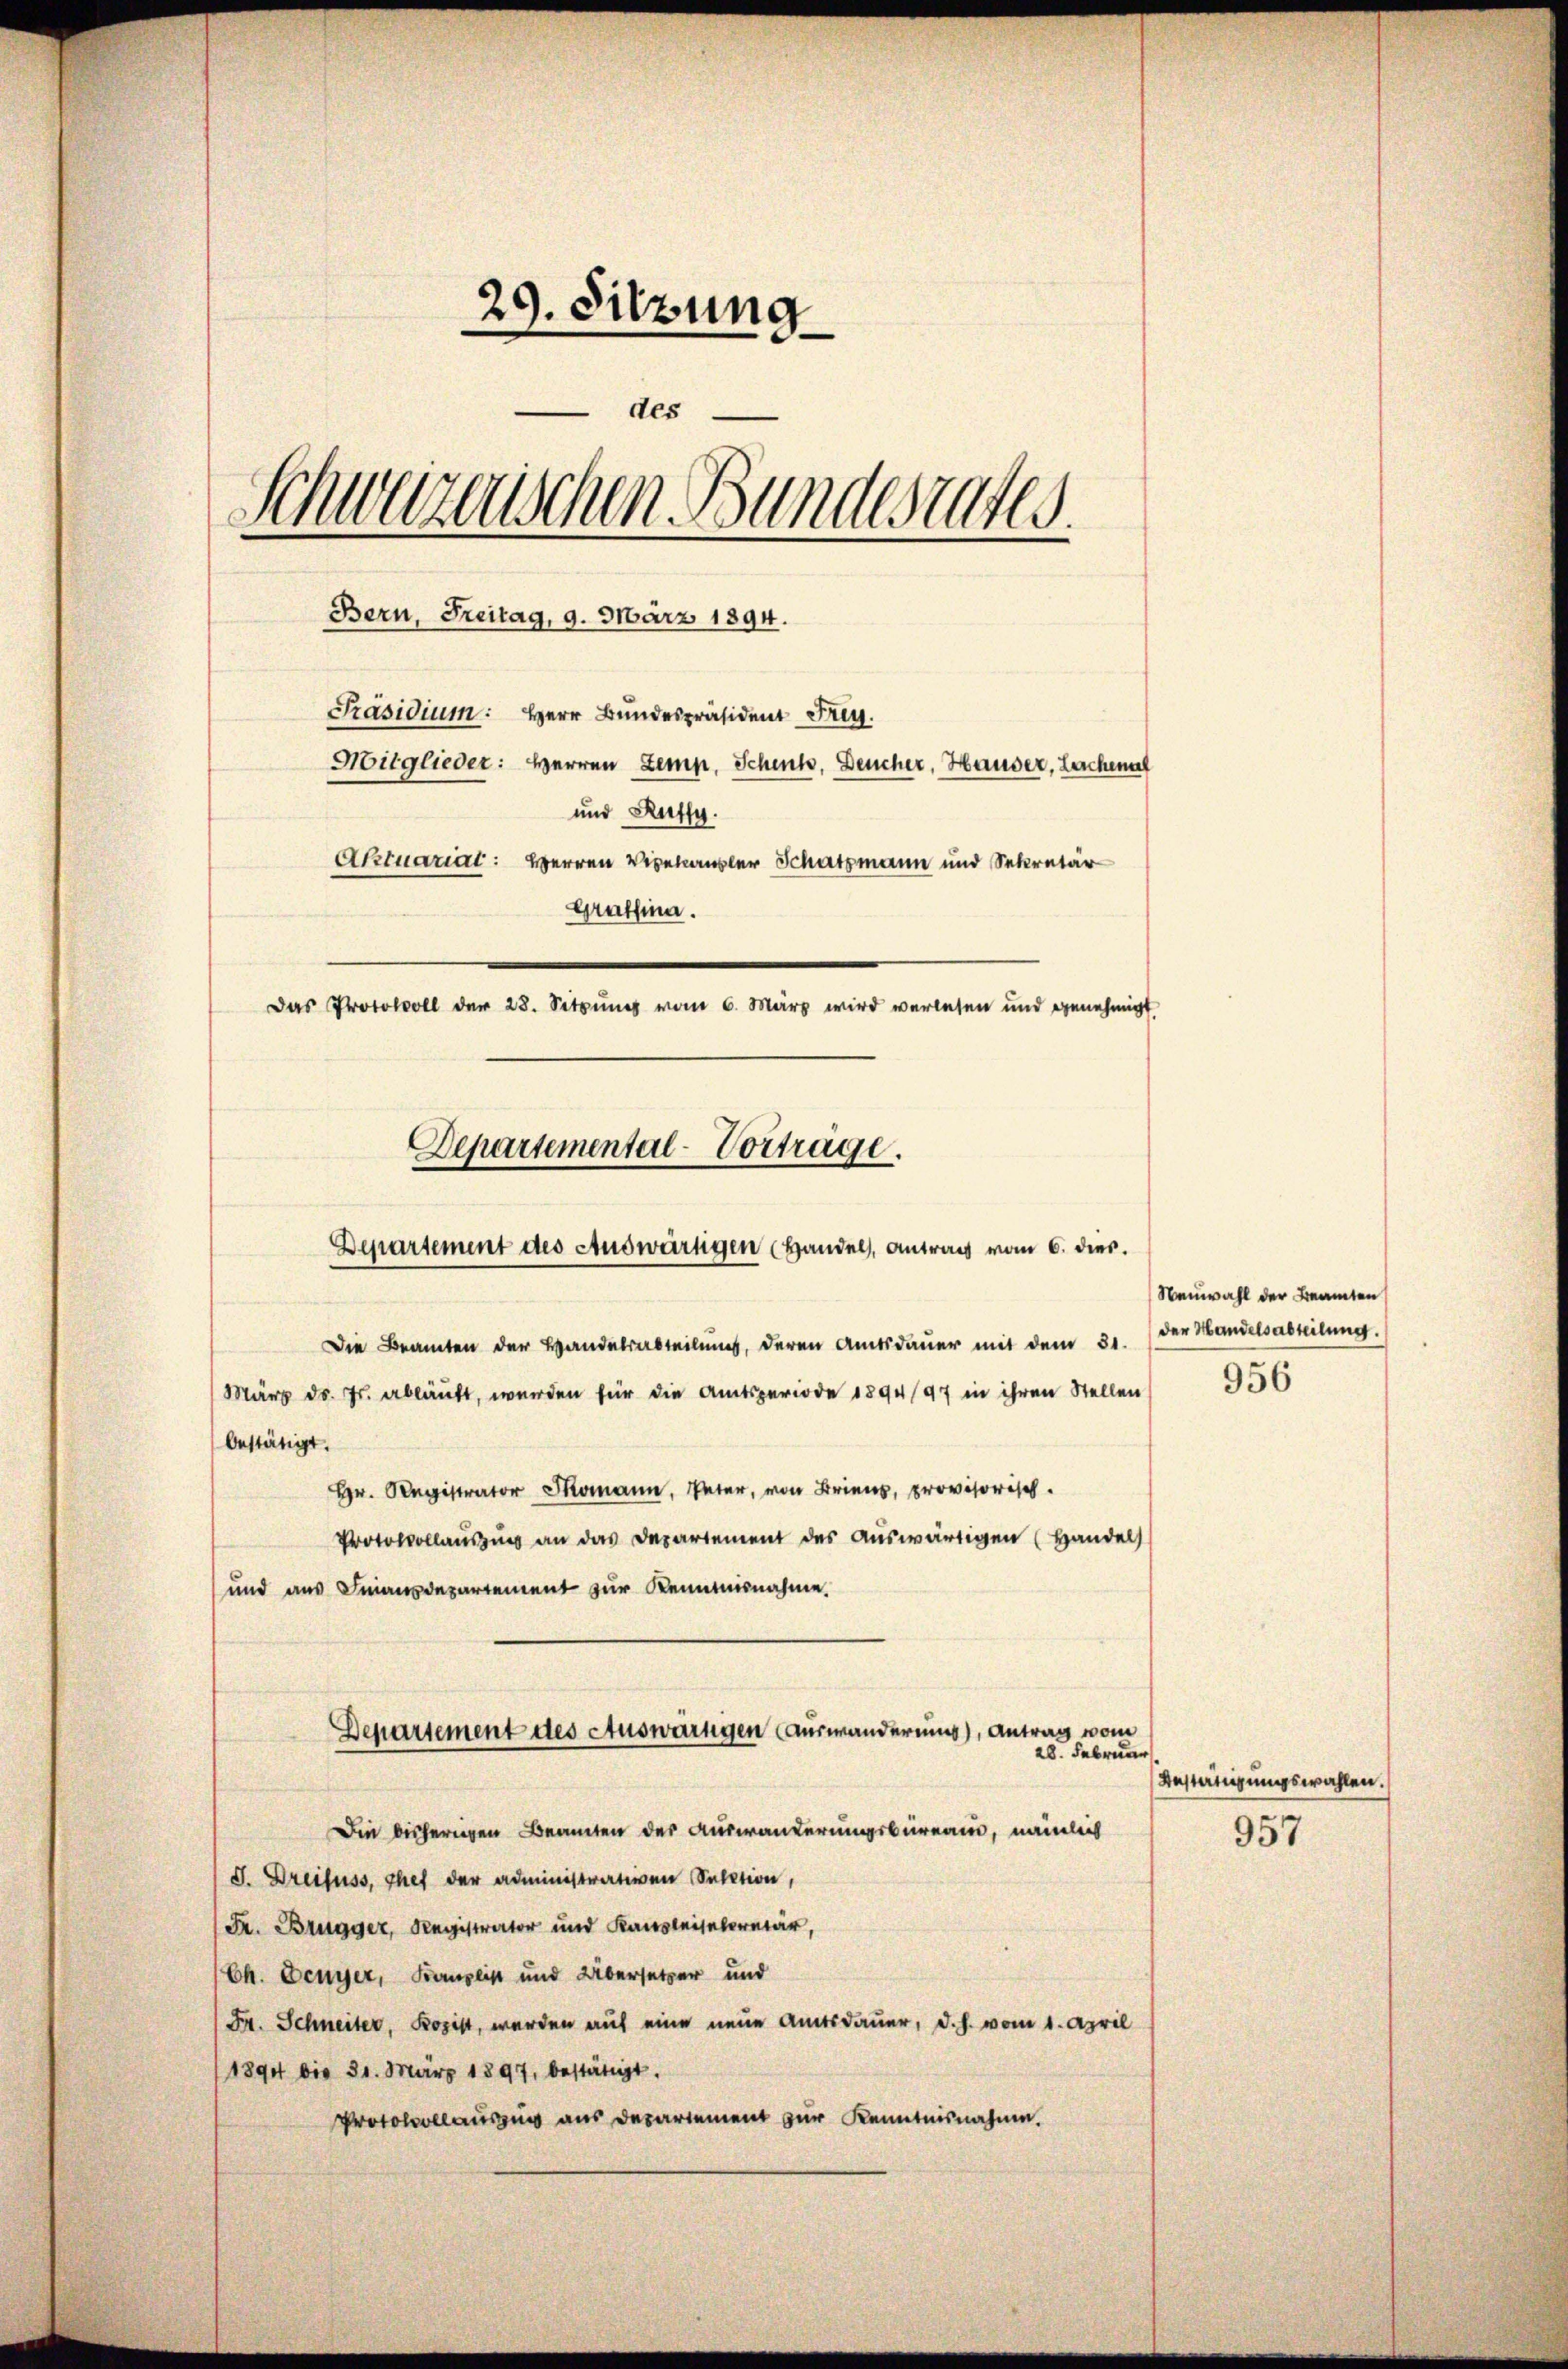
29. Sitzung
des
Schwarzenschen Bundesrates.
Bern, Freitag, 9. März 1894.
Präsidium: Herr Bundespräsident Frey.
Mitglieder: Herren Lemp, Schenk, Deucher, Hauser, Lachenal
und Auffy.
Aktuariat: Herren Viehausler Schatzmann und Sekretär
Graffina.
Das Protokoll der 28. Setzung vom 6. März wird verlesen und genehmigt.
Departemental-Vorträge.

Die Beamten der Handelsabteilung, deren Amtsdauer mit dem 31.
März ds. Js. abläuft, werden für die Amtsperiode 1894/97 in ihren Stellen
bestätigt.
Hr. Registrat S. Vater, von Brien, provisorisch
Protokollaŭszŭng an das Departement des aŭswärtigen (Handels
und aus Finanzdepartement zur Kenntnisnahme.
Die bisherigen Beamten des Auswanderungsbüreau, nämlich
J. Dreifuss, chef der administrativen Sektion,
Fr. Brugger, Registrator und Kausleiselcretär,
Ch. Denyer, Komplik und Übersetzer und
Fr. Schneiter, Rozist, werden auf eine neue Amtsdauer, d. h. vom 1. April
1891 bis 31. März 1897, bestätigt.
Protokollauszug aus Departement zur Kenntnisnahme.

Departement des Auswärtigen (Handel, Antrag vom 6. dies

Departement des Auswärtigen (Auswanderung), Antrag vom
28. Februar

Neuwahl der Beamten
der Handelsabteilung.

956

Bestätigungswahlen.

957